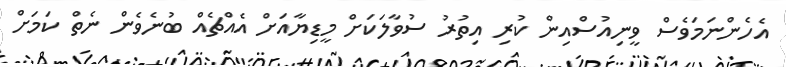
އެހެންނަމަވެސް ވީނިއުސްއިން ކުރި އިތުރު ސުވާލަކަށް މީޑިޔާއަށް އެއްޗެއް ބުނެވެން ނެތް ކަމަށް